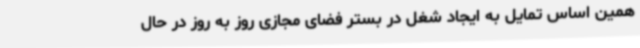
همین اساس تمایل به ایجاد شغل در بستر فضای مجازی روز به روز در حال